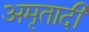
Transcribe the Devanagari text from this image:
अमृतादी